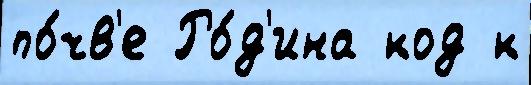
по́чв'е Ро́д'ина код к